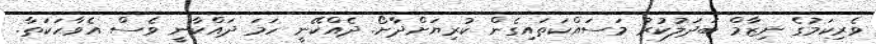
ވެރިކަމުގެ ނިޒާމް ބަދަލުކުރު މަސައްކަތައިިގެން ކުރިޔަށްދާށޯ. ދެއްކޭނީ ހަމަ ދައްކާނީ ވެސް އެވާހަކަތާ.